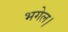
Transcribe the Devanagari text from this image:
भगेल।